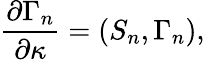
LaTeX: {\frac{\partial\Gamma_{n}}{\partial\kappa}}=(S_{n},\Gamma_{n}),